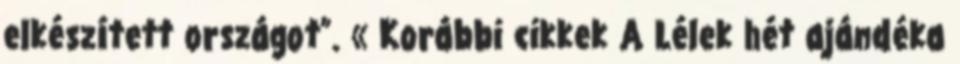
elkészített országot”. « Korábbi cikkek A Lélek hét ajándéka